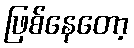
ဖြစ်နေတော့